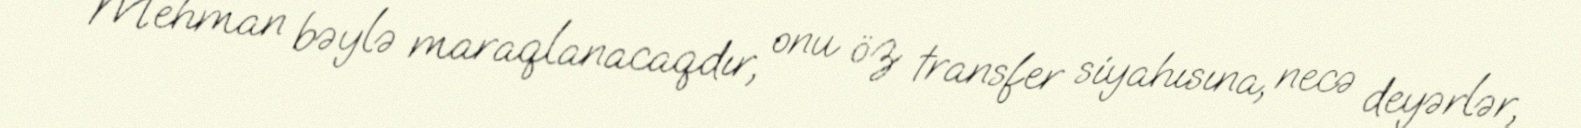
Mehman bəylə maraqlanacaqdır, onu öz transfer siyahısına, necə deyərlər,